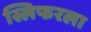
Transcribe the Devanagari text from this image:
स्लिफरला